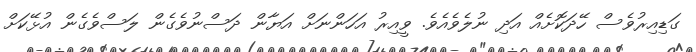
ގަޑިއިރުވެސް ހޭދަކޮށެއް އަދި ނުލެވެއެވެ. ވީއިރު އަހަންނަށް އަޔާން ދަސްނުވެގެން ލަސްވެގެން އުޅޭކަށް